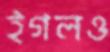
ইগলও